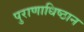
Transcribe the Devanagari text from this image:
पुराणाधिष्ठान